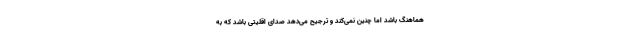
هماهنگ باشد اما چنین نمی‌کند و ترجیح می‌دهد صدای اقلیتی باشد که به